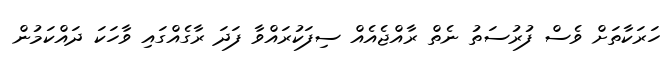
ހަރަކާތަށް ވެސް ފުރުސަތު ނެތް ރާއްޖެއެއް ސިފަކުރައްވާ ފަދަ ރާގެއްގައި ވާހަކަ ދައްކަމުން